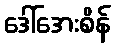
ဒေါ်အေးစိန်